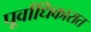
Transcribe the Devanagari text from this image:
पूर्वाधिकारात